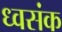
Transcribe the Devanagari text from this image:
ध्वसंक